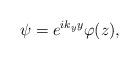
LaTeX: \begin{align*}\psi =e^{ik_{y}y}\varphi (z), \end{align*}